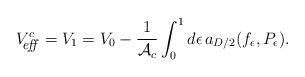
LaTeX: \begin{align*}V^c_{\hbox{\footnotesize\it \hspace{-6pt} eff\,}}=V_{1}=V_0-{1\over {\cal A}_c}\int_0^1 d\epsilon\, a_{D/2}(f_\epsilon,P_{\epsilon}). \end{align*}